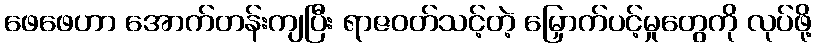
ဖေဖေဟာ အောက်တန်းကျပြီး ရာဇဝတ်သင့်တဲ့ မြှောက်ပင့်မှုတွေကို လုပ်ဖို့